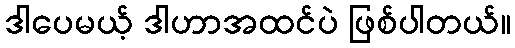
ဒါပေမယ့် ဒါဟာအထင်ပဲ ဖြစ်ပါတယ်။